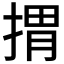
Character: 𢯮